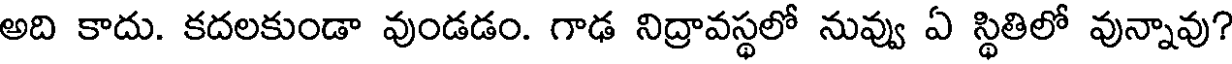
అది కాదు. కదలకుండా వుండడం. గాఢ నిద్రావస్థలో నువ్వు ఏ స్థితిలో వున్నావు?